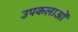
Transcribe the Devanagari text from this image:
उपकलाओं